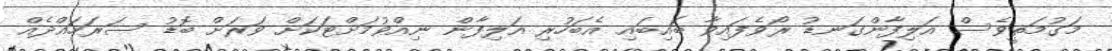
މަގުމަތީވެސް އަލިފާންގަނޑު ރޯވެފައިވާ ބައިބައި އެބަހުރި އަލިފާން ނިއްވުމަށްޓަކަށް ވަރަށް ބޮޑު ސަރަހައްދެއް